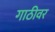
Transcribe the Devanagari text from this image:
गाठीवर